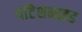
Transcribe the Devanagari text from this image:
पोटैशमाइड